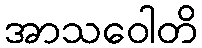
အာသဝေါတိ